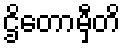
ဌိတောမှီတိ